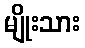
မျိုးသား